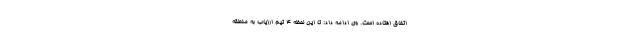
اتفاق افتاده است. وی ادامه داد: تا این لحظه ٤ تیم ارزیاب به منطقه